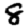
Digit: 8